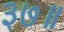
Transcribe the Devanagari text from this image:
३७॥